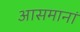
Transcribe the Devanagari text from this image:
आसमानां